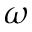
\omega